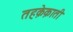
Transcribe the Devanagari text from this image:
तहक़ेक़ाती